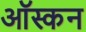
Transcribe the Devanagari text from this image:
ऑस्कन